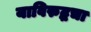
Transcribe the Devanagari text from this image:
याविरुद्धचा